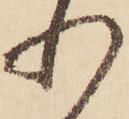
れ